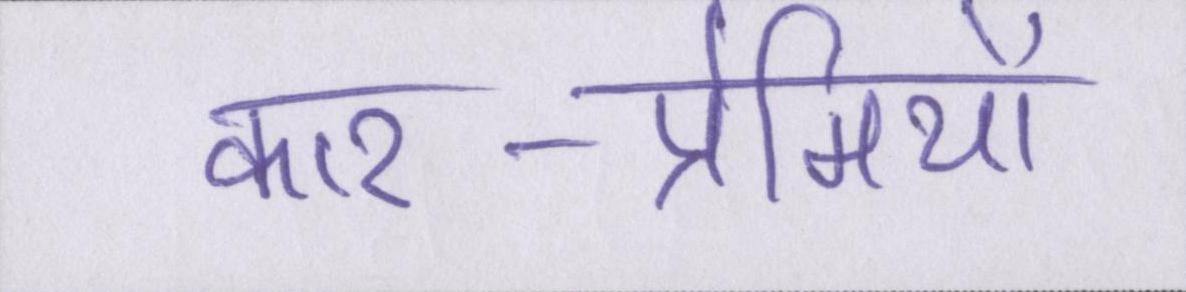
कार-प्रेमियों